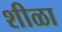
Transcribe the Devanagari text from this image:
शीळा